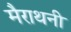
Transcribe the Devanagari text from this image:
मैराथनी